Leaving Certificate Examination, 1910
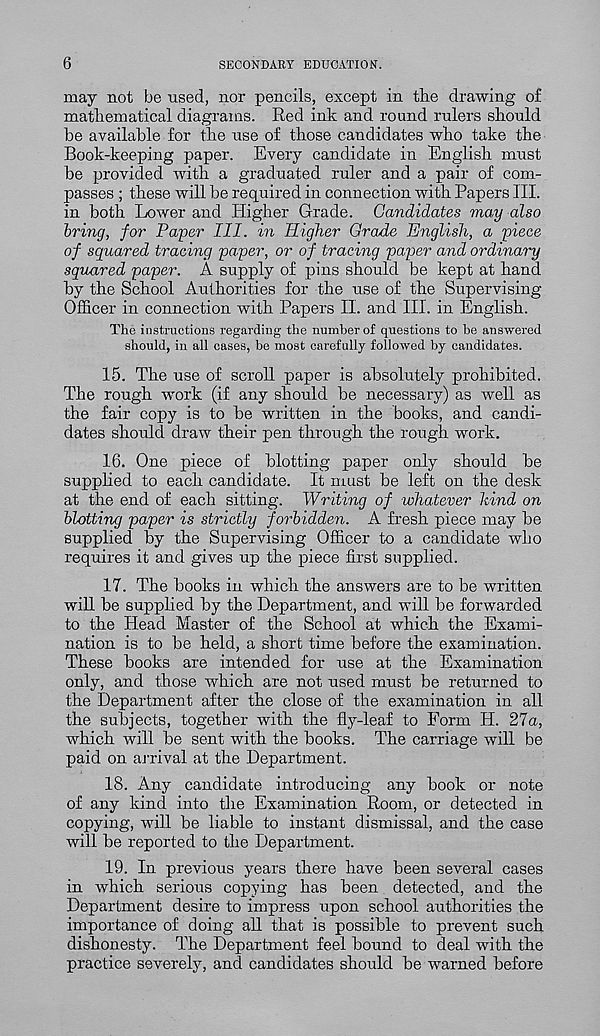
6
SECONDARY EDUCATION.
may not be used, nor pencils, except in the drawing of
mathematical diagrams. Red ink and round rulers should
be available for the use of those candidates who take the
Book-keeping paper. Every candidate in English must
be provided with a graduated ruler and a pair of com-
passes ; these will be required in connection with Papers III.
in both Lower and Higher Grade. Candidates may also
bring, for Payer III. in Higher Grade English, a piece
of squared tracing payer, or of tracing paper and ordinary
squared paper. A supply of pins should be kept at hand
by the School Authorities for the use of the Supervising
Officer in connection with Papers II. and III. in English.
The instructions regarding the number of questions to be answered
should, in all cases, be most carefully followed by candidates.
15. The use of scroll paper is absolutely prohibited.
The rough work (if any should be necessary) as well as
the fair copy is to be written in the books, and candi-
dates should draw their pen through the rough work.
16. One piece of blotting paper only should be
supplied to each candidate. It must be left on the desk
at the end of each sitting. Writing of whatever hind on
blotting paper is strictly forbidden. A fresh piece may be
supplied by the Supervising Officer to a candidate who
requires it and gives up the piece first supplied.
17. The books in which the answers are to be written
will be supplied by the Department, and will be forwarded
to the Head Master of the School at which the Exami-
nation is to be held, a short time before the examination.
These books are intended for use at the Examination
only, and those which are not used must be returned to
the Department after the close of the examination in all
the subjects, together with the fly-leaf to Form H. 27a,
which will be sent with the books. The carriage will be
paid on arrival at the Department.
18. Any candidate introducing any book or note
of any kind into the Examination Room, or detected in
copying, will be liable to instant dismissal, and the case
will be reported to the Department.
19. In previous years there have been several cases
in which serious copying has been detected, and the
Department desire to impress upon school authorities the
importance of doing all that is possible to prevent such
dishonesty. The Department feel bound to deal with the
practice severely, and candidates should be warned before